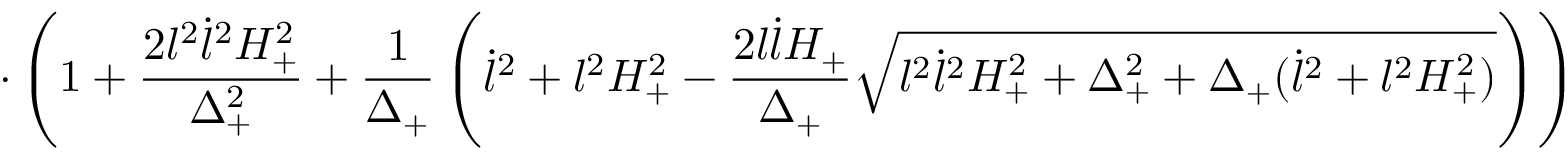
\cdot \left( 1 + \frac { 2 l ^ { 2 } \dot { l } ^ { 2 } H _ { + } ^ { 2 } } { \Delta _ { + } ^ { 2 } } + \frac { 1 } { \Delta _ { + } } \left( \dot { l } ^ { 2 } + l ^ { 2 } H _ { + } ^ { 2 } - \frac { 2 l \dot { l } H _ { + } } { \Delta _ { + } } \sqrt { l ^ { 2 } \dot { l } ^ { 2 } H _ { + } ^ { 2 } + \Delta _ { + } ^ { 2 } + \Delta _ { + } ( \dot { l } ^ { 2 } + l ^ { 2 } H _ { + } ^ { 2 } ) } \right) \right) \Bigr \}